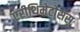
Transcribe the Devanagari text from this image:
एरीथिमेटोसस